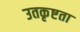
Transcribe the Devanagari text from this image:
उतकृष्टता